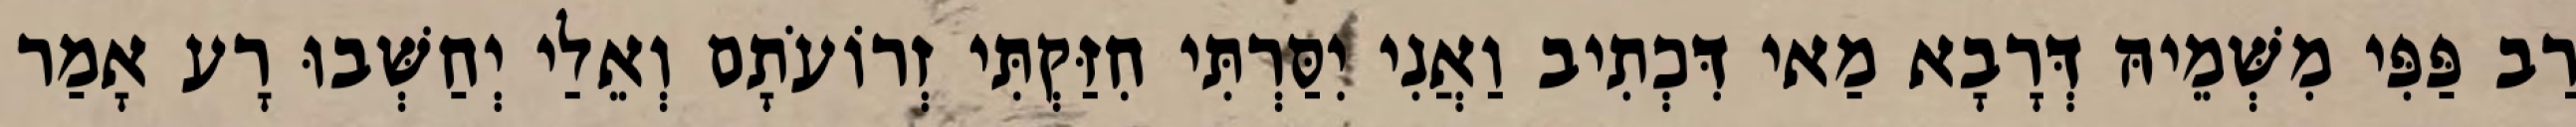
רַב פַּפִּי מִשְּׁמֵיהּ דְּרָבָא מַאי דִּכְתִיב וַאֲנִי יִסַּרְתִּי חִזַּקְתִּי זְרוֹעֹתָם וְאֵלַי יְחַשְּׁבוּ רָע אָמַר